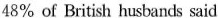
48% of British husbands said